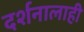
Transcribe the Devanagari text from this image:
दर्शनालाही